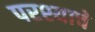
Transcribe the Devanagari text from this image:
परश्याचे